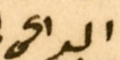
الداعى